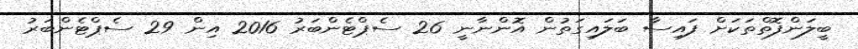
ބީލަންފޮތްތަކަށް ފައިސާ ބަލައިގަތުން އޮންނާނީ 26 ސެޕްޓެންބަރު 2016 އިން 29 ސެޕްޓެންބަރު